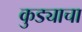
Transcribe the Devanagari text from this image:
कुड्याचा